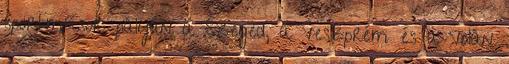
sportműsor: pályán a Szeged, a Veszprém és a Volán